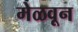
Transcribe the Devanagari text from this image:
मेळवून